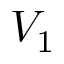
V _ { 1 }